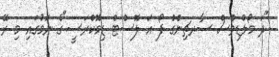
"ދަ މޯލްޑިވްސް ސާރޗިންގް ފޯ އަ ލޮސްޓް ޑިމޮކްރަސީ"ގެ ނަމުގައި މި ރޭ